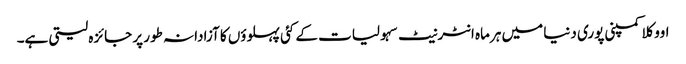
اووکلا کمپنی پوری دنیا میں ہرماہ انٹرنیٹ سہولیات کے کئی پہلوؤں کا آزادانہ طور پر جائزہ لیتی ہے۔